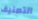
التصنيف